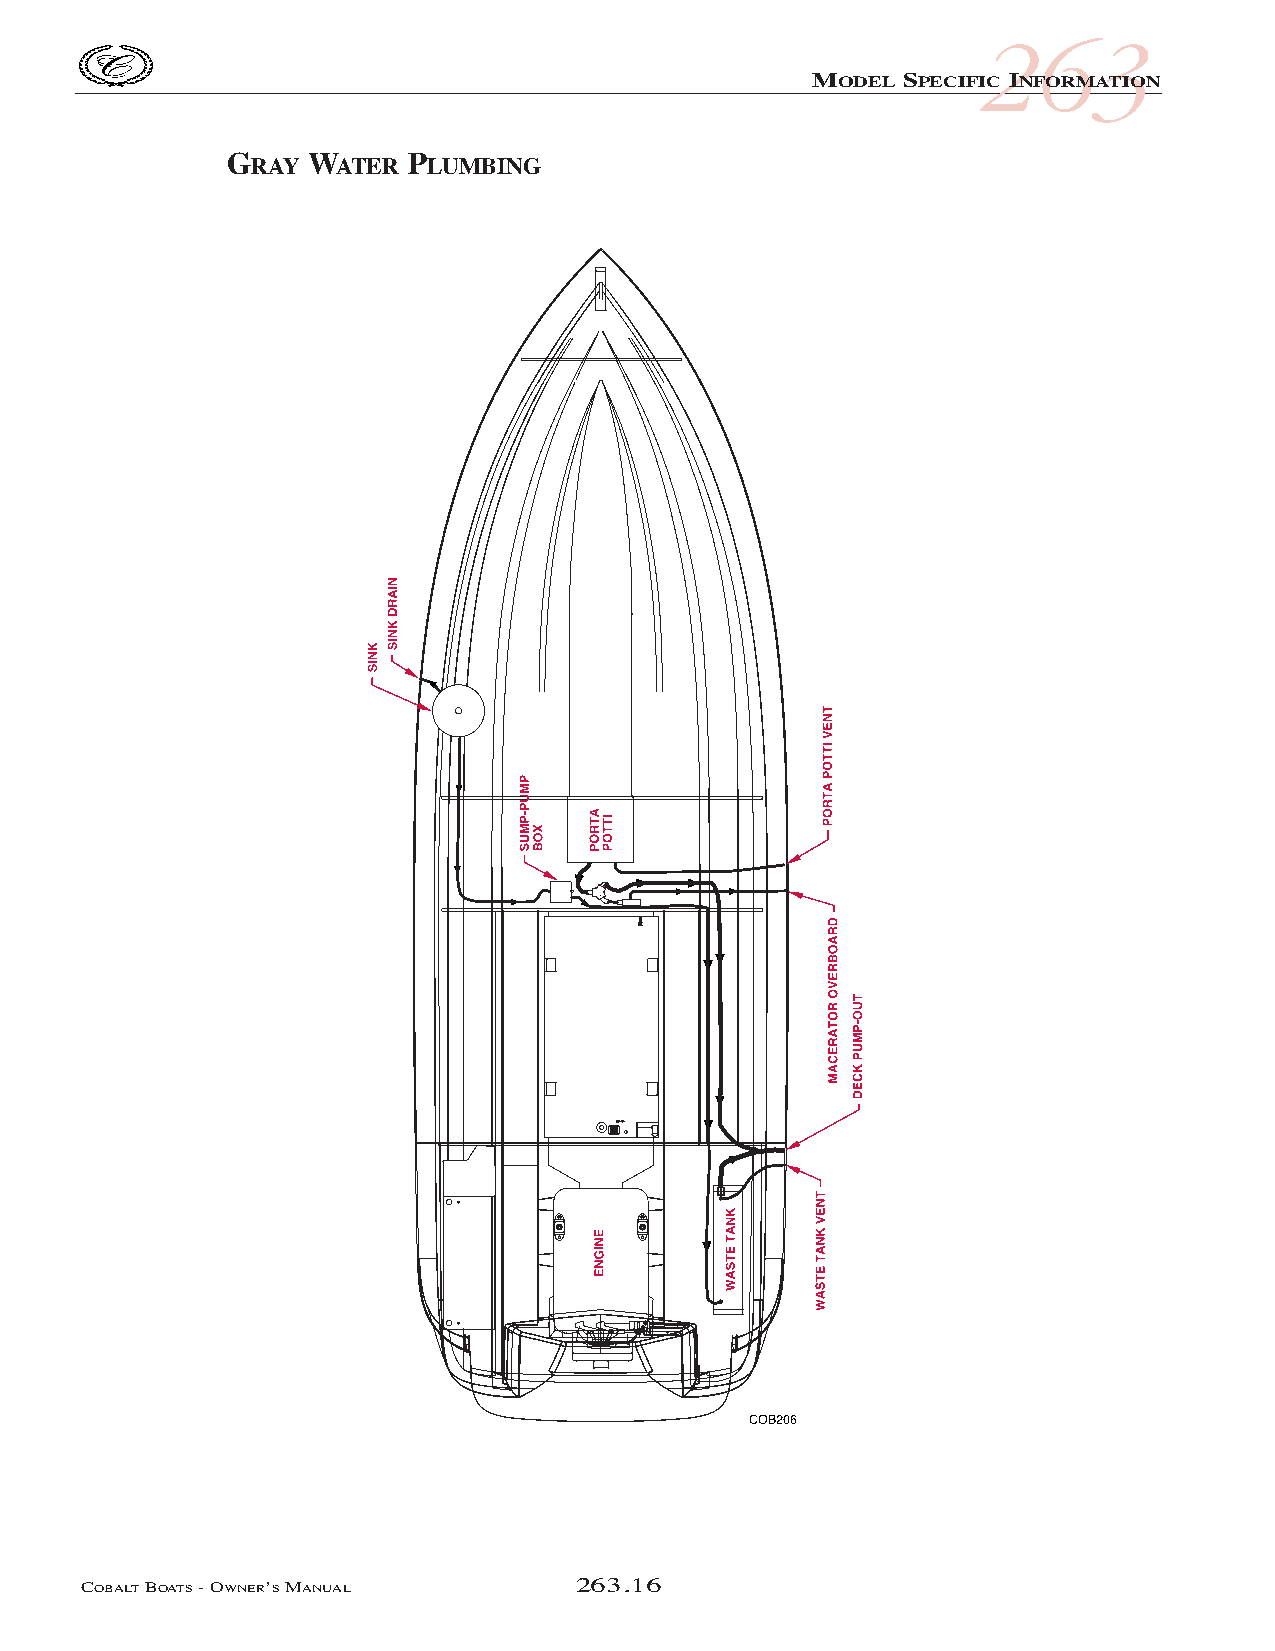
COB_05 Sect 262.qxd 3/18/05 9:28 AM Page 263.16
 263
 MODEL SPECIFIC INFORMATION
 GRAY  WATER PLUMBING
 COBALTBOATS- OWNER’SMANUAL       263.16